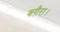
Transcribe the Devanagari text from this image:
वग़ैरा।